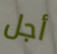
أجل